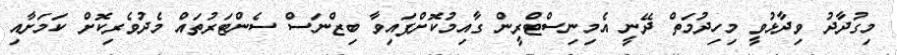
މިގުދާދު ވިދާޅުވީ މިހިދުމަތް ދޭނީ އެމިނިސްޓްރީން ގާއިމުކޮށްފައިވާ ބިޒްނަސް ސެންޓަރުތައް މެދުވެރިކޮށް ކަމަށާއި